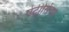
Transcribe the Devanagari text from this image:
पेट्रीसियन